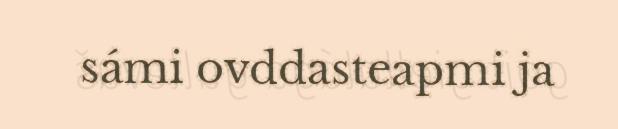
sámi ovddasteapmi ja